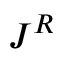
J ^ { R }